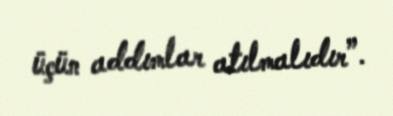
üçün addımlar atılmalıdır”.